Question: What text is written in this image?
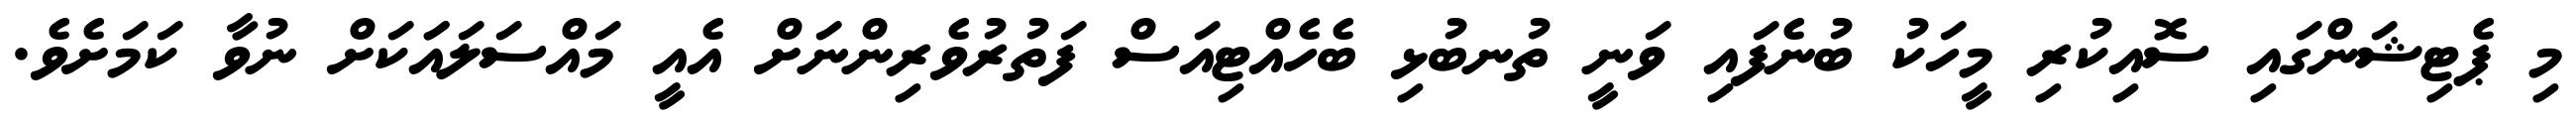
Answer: މި ޕެޓިޝަންގައި ސޮއިކުރި މީހަކު ބުނެފައި ވަނީ ތުނބުޅި ބެހެއްޓިއަސް ފަތުރުވެރިންނަށް އެއީ މައްސަލައަަކަށް ނުވާ ކަމަށެވެ.